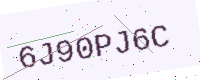
Text: 6J90PJ6C